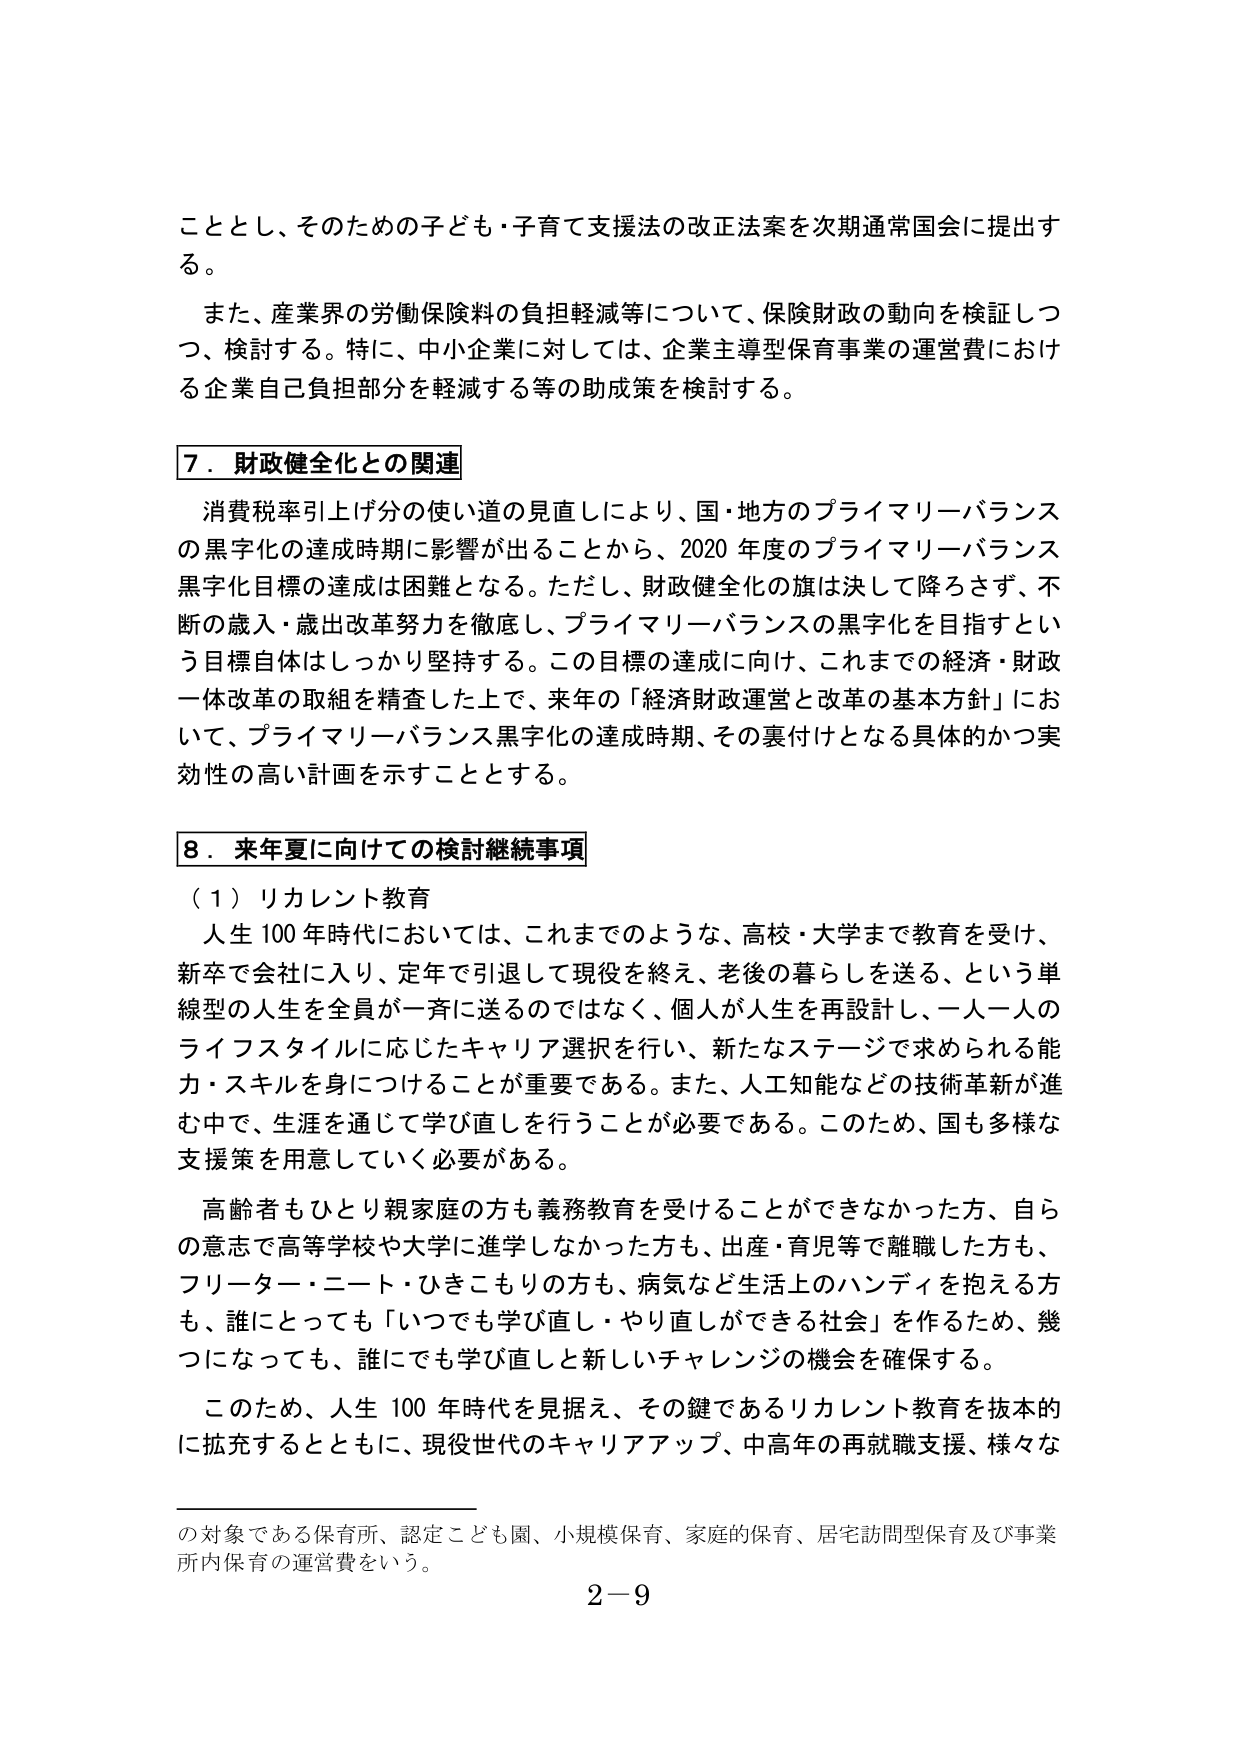
こととし、そのための子ども・子育て支援法の改正法案を次期通常国会に提出する。

また、産業界の労働保険料の負担軽減等について、保険財政の動向を検証しつつ、検討する。特に、中小企業に対しては、企業主導型保育事業の運営費における企業自己負担部分を軽減する等の助成策を検討する。

７．財政健全化との関連

消費税率引上げ分の使い道の見直しにより、国・地方のプライマリーバランスの黒字化の達成時期に影響が出ることから、2020年度のプライマリーバランス黒字化目標の達成は困難となる。ただし、財政健全化の旗は決して降ろさず、不断の歳入・歳出改革努力を徹底し、プライマリーバランスの黒字化を目指すという目標自体はしっかり堅持する。この目標の達成に向け、これまでの経済・財政一体改革の取組を精査した上で、来年の「経済財政運営と改革の基本方針」において、プライマリーバランス黒字化の達成時期、その裏付けとなる具体的かつ実効性の高い計画を示すこととする。

８．来年夏に向けての検討継続事項

（１）リカレント教育

人生100年時代においては、これまでのような、高校・大学まで教育を受け、新卒で会社に入り、定年で引退して現役を終え、老後の暮らしを送る、という単線型の人生を全員が一斉に送るのではなく、個人が人生を再設計し、一人一人のライフスタイルに応じたキャリア選択を行い、新たなステージで求められる能力・スキルを身につけることが重要である。また、人工知能などの技術革新が進む中で、生涯を通じて学び直しを行うことが必要である。このため、国も多様な支援策を用意していく必要がある。

高齢者もひとり親家庭の方も義務教育を受けることができなかった方、自らの意志で高等学校や大学に進学しなかった方も、出産・育児等で離職した方も、フリーター・ニート・ひきこもりの方も、病気など生活上のハンディを抱える方も、誰にとっても「いつでも学び直し・やり直しができる社会」を作るため、幾つになっても、誰にでも学び直しと新しいチャレンジの機会を確保する。

このため、人生100年時代を見据え、その鍵であるリカレント教育を抜本的に拡充するとともに、現役世代のキャリアアップ、中高年の再就職支援、様々な

の対象である保育所、認定こども園、小規模保育、家庭的保育、居宅訪問型保育及び事業所内保育の運営費をいう。

2－9